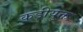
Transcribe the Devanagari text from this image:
कड़ीयुक्त